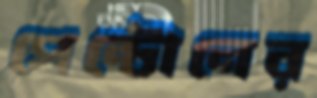
পেন্টোনের